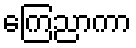
ကြေညာကာ